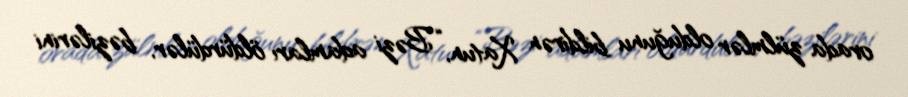
orada zülmlər olduğunu bildirən Xatun, “Bəzi adamları öldürdülər, bəzilərini